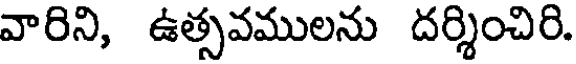
వారిని, ఉత్సవములను దర్శించిరి.